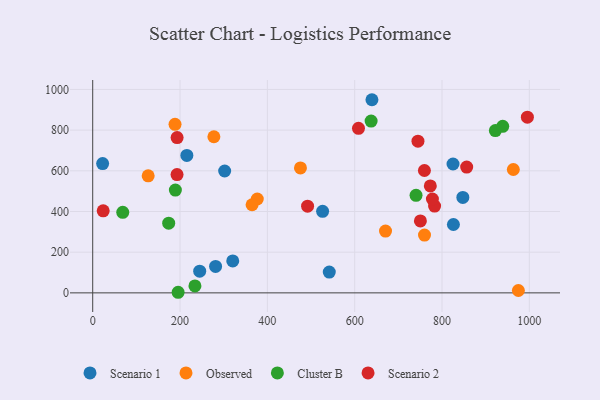
{"axis": {"x": "Investment", "y": "Yield"}, "legend": ["Cluster B", "Observed", "Scenario 1", "Scenario 2"], "data": [{"x": "281.4", "y": 129.8, "type": "Scenario 1"}, {"x": "639.5", "y": 949.4, "type": "Scenario 1"}, {"x": "541.8", "y": 102.3, "type": "Scenario 1"}, {"x": "22.7", "y": 635.4, "type": "Scenario 1"}, {"x": "302.2", "y": 599.0, "type": "Scenario 1"}, {"x": "245.0", "y": 106.5, "type": "Scenario 1"}, {"x": "320.7", "y": 156.8, "type": "Scenario 1"}, {"x": "825.2", "y": 633.4, "type": "Scenario 1"}, {"x": "215.6", "y": 675.8, "type": "Scenario 1"}, {"x": "526.5", "y": 400.8, "type": "Scenario 1"}, {"x": "826.1", "y": 336.1, "type": "Scenario 1"}, {"x": "847.7", "y": 469.3, "type": "Scenario 1"}, {"x": "670.6", "y": 303.8, "type": "Observed"}, {"x": "277.5", "y": 767.4, "type": "Observed"}, {"x": "188.5", "y": 828.4, "type": "Observed"}, {"x": "376.9", "y": 461.3, "type": "Observed"}, {"x": "127.0", "y": 575.5, "type": "Observed"}, {"x": "963.3", "y": 606.3, "type": "Observed"}, {"x": "365.0", "y": 433.1, "type": "Observed"}, {"x": "475.8", "y": 614.0, "type": "Observed"}, {"x": "974.9", "y": 11.7, "type": "Observed"}, {"x": "759.9", "y": 284.2, "type": "Observed"}, {"x": "922.2", "y": 797.6, "type": "Cluster B"}, {"x": "195.6", "y": 2.9, "type": "Cluster B"}, {"x": "234.1", "y": 34.0, "type": "Cluster B"}, {"x": "189.3", "y": 505.2, "type": "Cluster B"}, {"x": "740.5", "y": 479.7, "type": "Cluster B"}, {"x": "174.0", "y": 342.4, "type": "Cluster B"}, {"x": "637.6", "y": 844.5, "type": "Cluster B"}, {"x": "68.8", "y": 395.9, "type": "Cluster B"}, {"x": "939.0", "y": 818.5, "type": "Cluster B"}, {"x": "744.9", "y": 745.5, "type": "Scenario 2"}, {"x": "492.1", "y": 426.0, "type": "Scenario 2"}, {"x": "759.7", "y": 601.4, "type": "Scenario 2"}, {"x": "995.5", "y": 863.6, "type": "Scenario 2"}, {"x": "750.5", "y": 353.4, "type": "Scenario 2"}, {"x": "24.0", "y": 403.2, "type": "Scenario 2"}, {"x": "608.7", "y": 808.9, "type": "Scenario 2"}, {"x": "783.0", "y": 426.8, "type": "Scenario 2"}, {"x": "773.2", "y": 525.8, "type": "Scenario 2"}, {"x": "193.3", "y": 763.2, "type": "Scenario 2"}, {"x": "856.5", "y": 618.2, "type": "Scenario 2"}, {"x": "193.1", "y": 581.3, "type": "Scenario 2"}, {"x": "778.0", "y": 461.3, "type": "Scenario 2"}]}